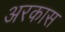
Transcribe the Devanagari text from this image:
अरकास